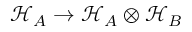
\mathcal { H } _ { A } \to \mathcal { H } _ { A } \otimes \mathcal { H } _ { B }